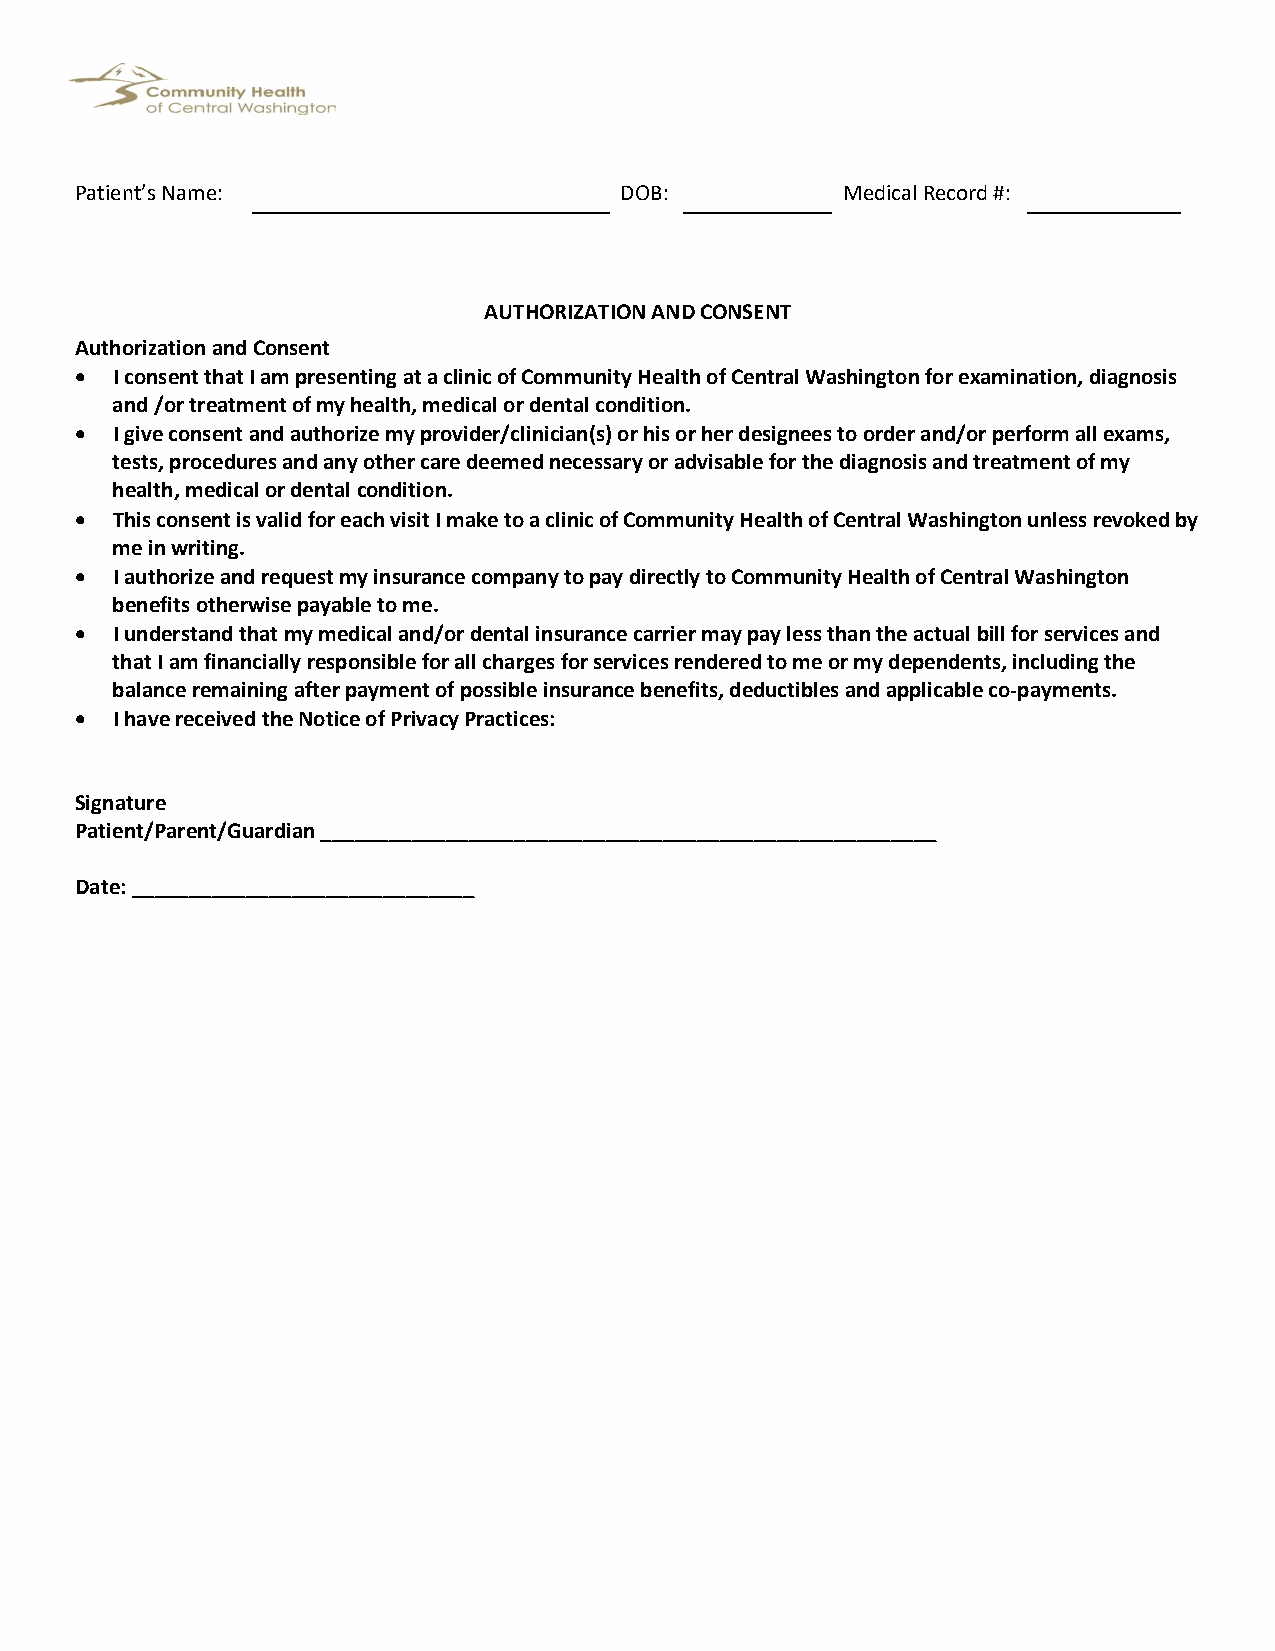
Patient’s Name:                     DOB:           Medical Record #:
 AUTHORIZATION AND CONSENT
 Authorization and Consent
 • I consent that I am presenting at a clinic of Community Health of Central Washington for examination, diagnosis
 and /or treatment of my health, medical or dental condition.
 • I give consent and authorize my provider/clinician(s) or his or her designees to order and/or perform all exams,
 tests, procedures and any other care deemed necessary or advisable for the diagnosis and treatment of my
 health, medical or dental condition.
 • This consent is valid for each visit I make to a clinic of Community Health of Central Washington unless revoked by
 me in writing.
 • I authorize and request my insurance company to pay directly to Community Health of Central Washington
 benefits otherwise payable to me.
 • I understand that my medical and/or dental insurance carrier may pay less than the actual bill for services and
 that I am financially responsible for all charges for services rendered to me or my dependents, including the
 balance remaining after payment of possible insurance benefits, deductibles and applicable co-payments.
 • I have received the Notice of Privacy Practices:
 Signature
 Patient/Parent/Guardian ______________________________________________________
 Date: ______________________________